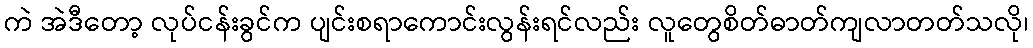
ကဲ အဲဒီတော့ လုပ်ငန်းခွင်က ပျင်းစရာကောင်းလွန်းရင်လည်း လူတွေစိတ်ဓာတ်ကျလာတတ်သလို၊